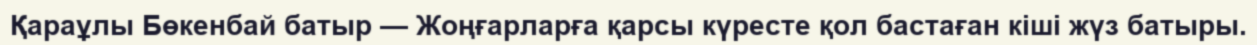
Қараұлы Бөкенбай батыр — Жоңғарларға қарсы күресте қол бастаған кіші жүз батыры.